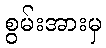
စွမ်းအားမှ